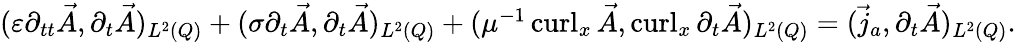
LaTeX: \begin{array}{r}{(\varepsilon\partial_{tt}\vec{A},\partial_{t}\vec{A})_{L^{2}(Q)}+(\sigma\partial_{t}\vec{A},\partial_{t}\vec{A})_{L^{2}(Q)}+(\mu^{-1}\operatorname{curl}_{x}\vec{A},\operatorname{curl}_{x}\partial_{t}\vec{A})_{L^{2}(Q)}=(\vec{j}_{a},\partial_{t}\vec{A})_{L^{2}(Q)}.}\end{array}